Leaving Certificate Examination, 1919
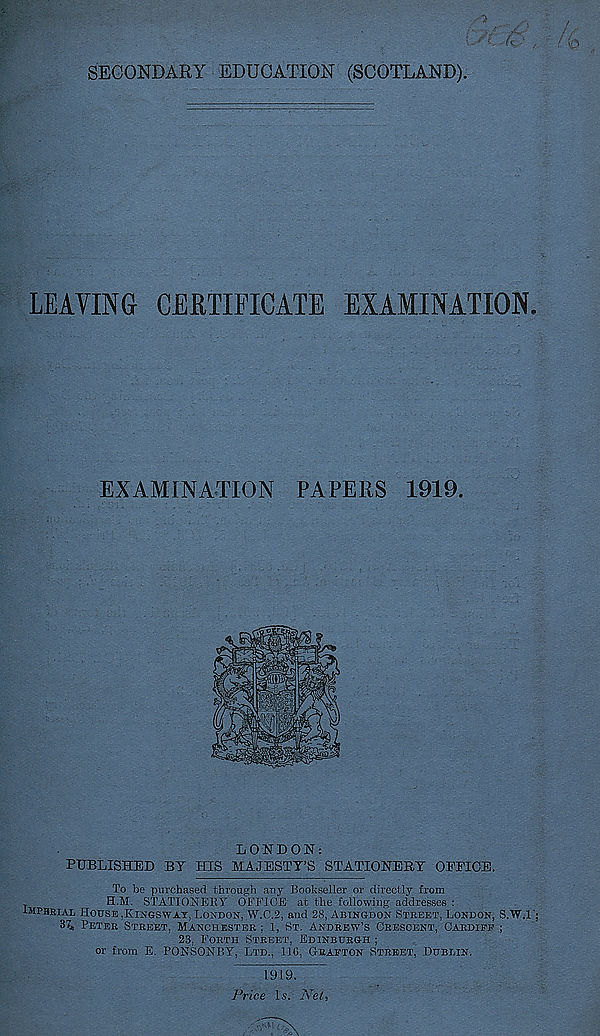
SECONDARY EDUCATION (SCOTLAND).
LEAVING CERTIFICATE EXAMINATION.
EXAMINATION PAPERS 1919.
LONDON;
PUBLISHED BY HIS MAJESTY’S STATIONERY OPPIOE.
To be purchased through aey Bookseller or directly from
H.M. STATIONERY OFFICE at the following addresses ;
IMPERIAL HOUSE.KINGSWAT, LONDON, W.C.2, and 28, ABINGDON STREET, LONDON, S.W.L;
37* PETER STREET, MANCHESTER ; 1, ST. ANDREW’S CRESCENT, CARDIEE ;
23, FORTH STREET, EDINBURGH ;
or from E. PONSONBY, LTD., IIG, GRAETON STREET, DUBLIN,
1919.
Price Is. Net,